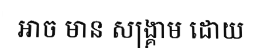
អាច មាន សង្គ្រាម ដោយ